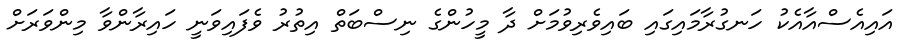
އައިއެސްއާއެކު ހަނގުރާމައިގައި ބައިވެރިވުމަށް ދާ މީހުންގެ ނިސްބަތް އިތުރު ވެފައިވަނީ ހައިރާންވާ މިންވަރަށް